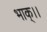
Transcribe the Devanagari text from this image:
भाक्।।